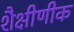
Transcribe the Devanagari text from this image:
शैक्षीणीक